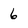
Character: 6